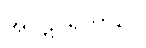
အပဋိဝိရတာပေ